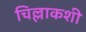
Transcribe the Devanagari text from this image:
चिल्लाकशी